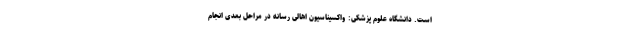
است. دانشگاه علوم پزشکی: واکسیناسیون اهالی رسانه در مراحل بعدی انجام